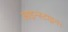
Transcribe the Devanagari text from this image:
आइन्स्टाइन।